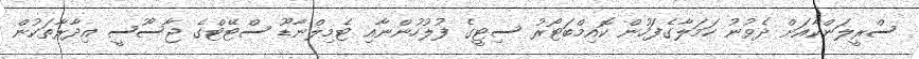
ސްރީލަންކާއަށް ދެވުނު ހަމަލާގެފަހުން ކޮއިމްބަޓޯރު ސިޓީގެ ފުލުހުންނާއި ޓެމިލްނާޑޫ ސްޓޭޓްގެ ޖާސޫސީ އިދާރާތަކުން